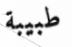
طبيبة